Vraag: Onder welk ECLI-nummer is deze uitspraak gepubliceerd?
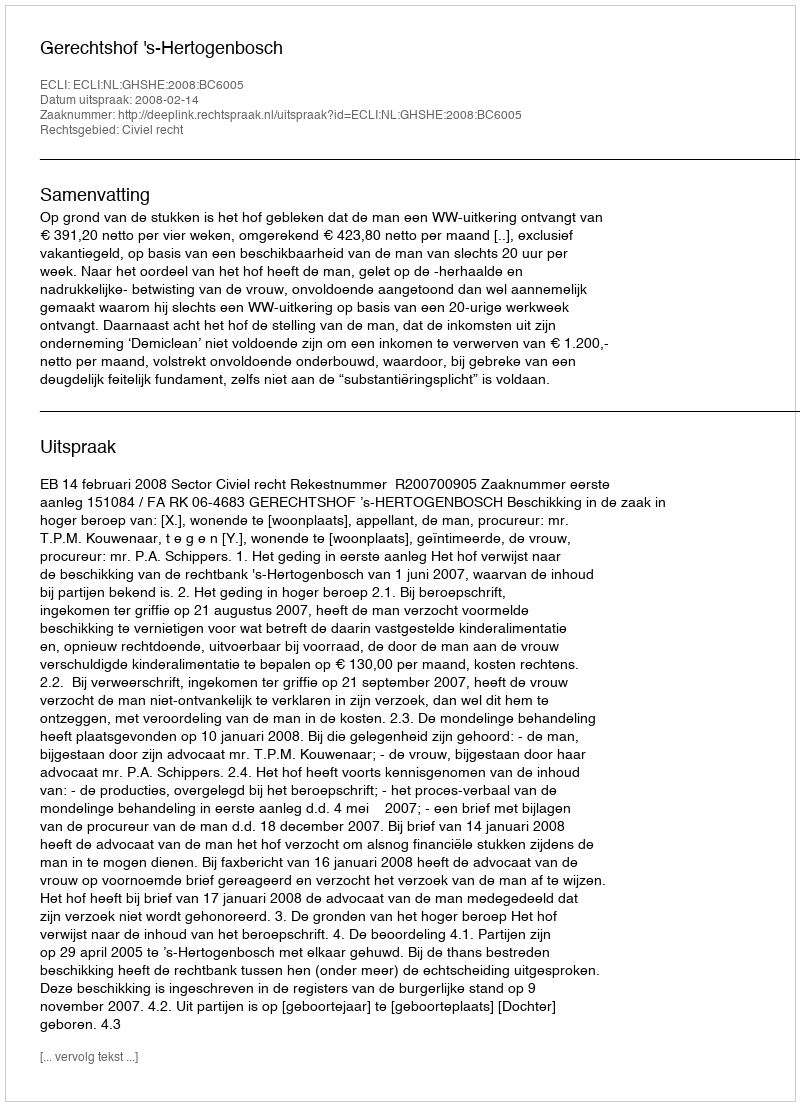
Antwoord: ECLI:NL:GHSHE:2008:BC6005